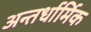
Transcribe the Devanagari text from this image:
अन्तर्धार्मिक